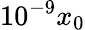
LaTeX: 10^{-9}x_{0}